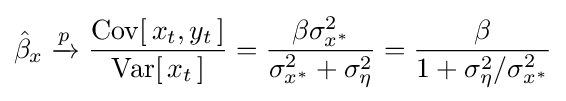
{\hat {\beta }}_{x}\xrightarrow {p} {\frac {\operatorname {Cov} [\,x_{t},y_{t}\,]}{\operatorname {Var} [\,x_{t}\,]}}={\frac {\beta \sigma _{x^{*}}^{2}}{\sigma _{x^{*}}^{2}+\sigma _{\eta }^{2}}}={\frac {\beta }{1+\sigma _{\eta }^{2}/\sigma _{x^{*}}^{2}}}